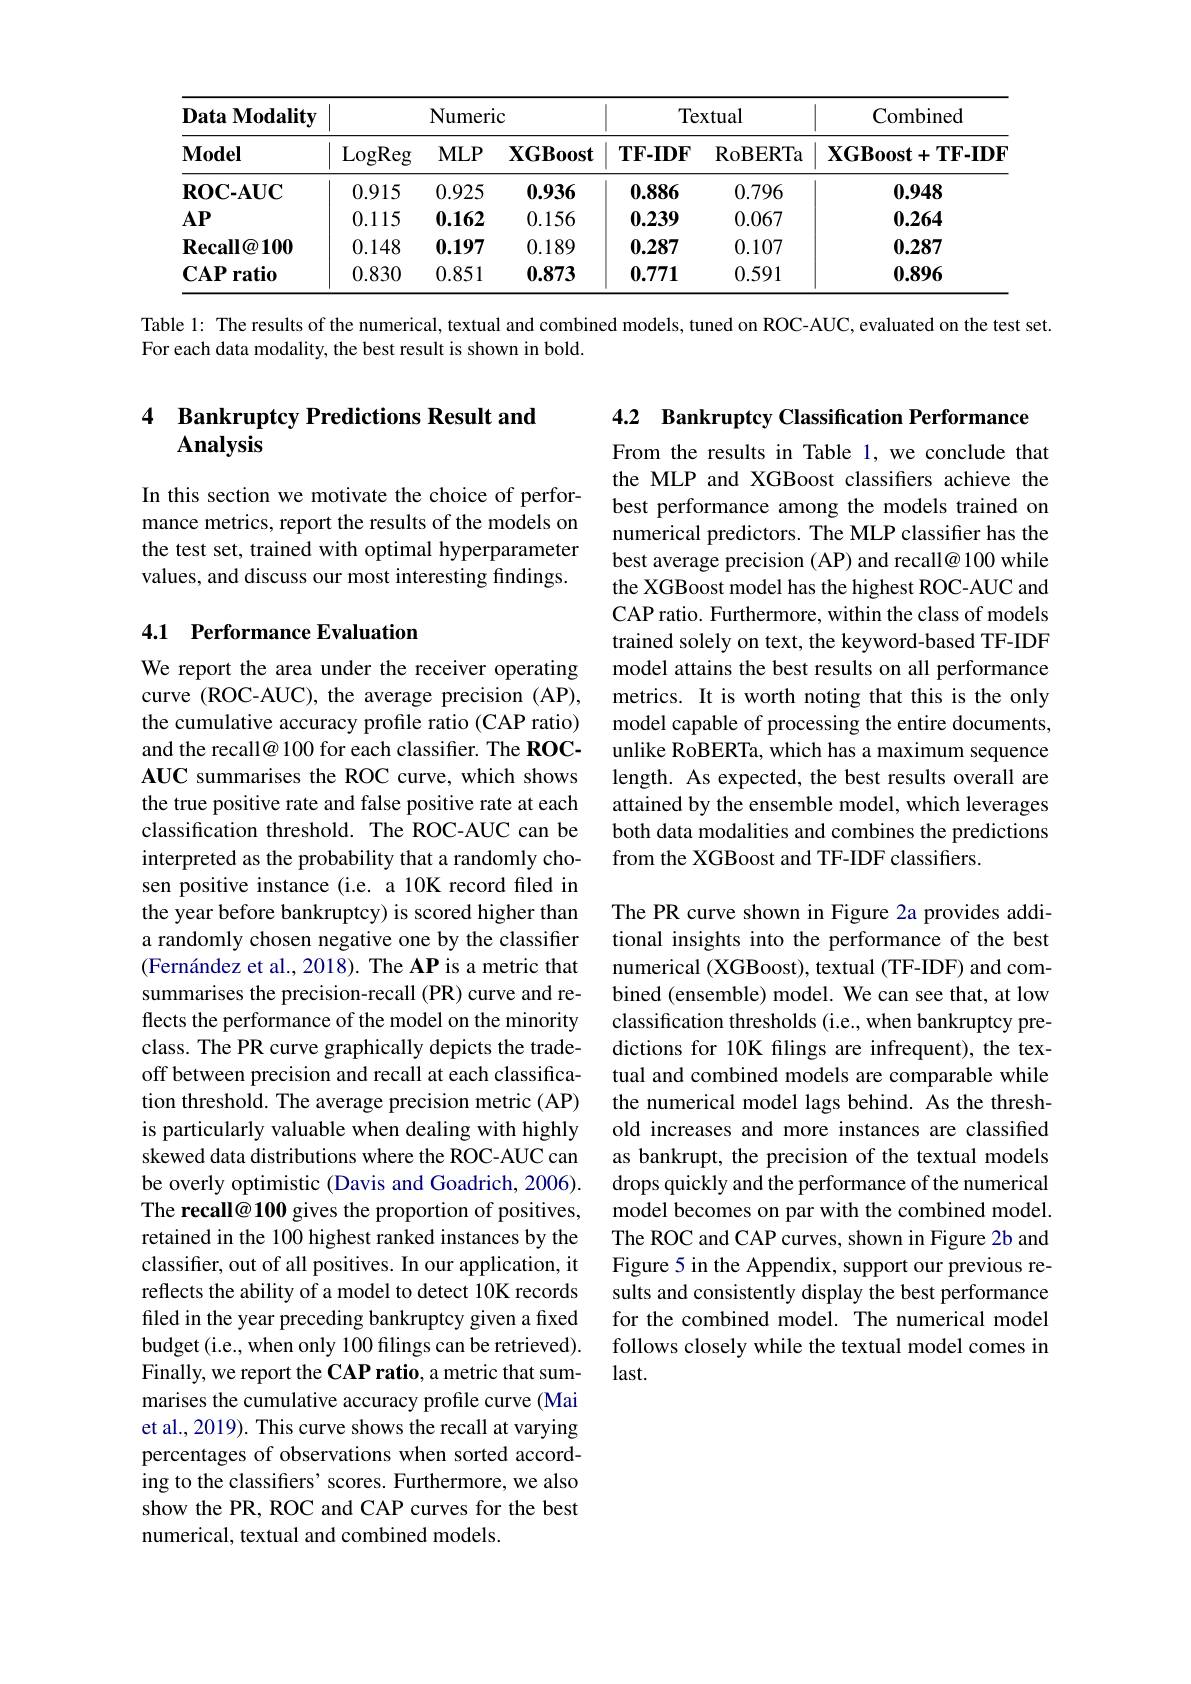
<table>
	<tbody>
		<tr>
			<th rowspan="2">Data Modality $\mathbf{Model}$</th>
			<th> </th>
			<th>Numeri</th>
			<th>$C$</th>
			<th colspan="2">Textual</th>
			<th rowspan="2">Combined $\mathbf{XGBoost}+\mathbf{TF-IDF}$</th>
		</tr>
		<tr>
			<th>LogReg</th>
			<th>$MLP$</th>
			<th>$\mathbf{XGBoost}$</th>
			<th>$\mathbf{TF-IDF}$</th>
			<th>RoBERTa</th>
		</tr>
		<tr>
			<td>$\mathbf{ROC-AUC}$</td>
			<td>0.915</td>
			<td>0.925</td>
			<td>0.936</td>
			<td>0.886</td>
			<td>0.796</td>
			<td>0.948</td>
		</tr>
		<tr>
			<td>$AP$</td>
			<td>0.115</td>
			<td>0.162</td>
			<td>0.156</td>
			<td>0.239</td>
			<td>0.067</td>
			<td>0.264</td>
		</tr>
		<tr>
			<td>$\mathbf{Recall@100}$</td>
			<td>0.148</td>
			<td>0.197</td>
			<td>0.189</td>
			<td>0.287</td>
			<td>0.107</td>
			<td>0.287</td>
		</tr>
		<tr>
			<td>ratio $\mathbf{CAP}$</td>
			<td>0.830</td>
			<td>0.851</td>
			<td>0.873</td>
			<td>0.771</td>
			<td>0.591</td>
			<td>0.896</td>
		</tr>
	</tbody>
</table>

Table 1: The results of the numerical, textual and combined models, tuned on ROC-AUC, evaluated on the test set.

For each data modality, the best result is shown in bold.

4.2 Bankruptcy Classification Performance

### 4 Bankruptcy Predictions Result and $\mathbf{Analysis}$

In this section we motivate the choice of performance metrics, report the results of the models on the test set, trained with optimal hyperparameter values, and discuss our most interesting findings.

## 4.1 Performance Evaluation

From the results in Table 1, we conclude that the MLP and XGBoost classifers achieve the best performance among the models trained on numerical predictors. The MLP classifier has the best average precision (AP) and recall@ 100 while the XGBoost model has the highest ROC-AUC and CAP ratio. Furthermore, within the class of models trained solely on text, the keyword-based TF-IDF model attains the best results on all performance metrics. It is worth noting that this is the only model capable of processing the entire documents, unlike RoBERTa, which has a maximum sequence length. As expected, the best results overall are attained by the ensemble model, which leverages both data modalities and combines the predictions from the XGBoost and TF-IDF classifiers.

We report the area under the receiver operating curve (ROC-AUC), the average precision (AP), the cumulative accuracy profile ratio (CAP ratio) and the recall@ 100 for each classifier. The ROCAUC summarises the ROC curve, which shows the true positive rate and false positive rate at each classification threshold. The ROC-AUC can be interpreted as the probability that a randomly chosen positive instance (i.e. a 10K record filed in the year before bankruptcy) is scored higher than a randomly chosen negative one by the classifier (Fernández et al., 2018). The AP is a metric that summarises the precision-recall (PR) curve and re- bined (ensemble) model. We can see that, at low
flects the performance of the model on the minority class. The PR curve graphically depicts the tradeoff between precision and recall at each classification threshold. The average precision metric (AP) is particularly valuable when dealing with highly skewed data distributions where the ROC-AUC can be overly optimistic (Davis and Goadrich, 2006). The recall@ 100 gives the proportion of positives, retained in the 100 highest ranked instances by the classifer, out of all positives. In our application, it reflects the ability of a model to detect 10K records filed in the year preceding bankruptcy given a fixed budget (i.e., when only 100 filings can be retrieved). Finally, we report the CAP ratio, a metric that summarises the cumulative accuracy profile curve (Mai et al., 2019). This curve shows the recall at varying percentages of observations when sorted according to the classifiers' scores. Furthermore, we also show the PR, ROC and CAP curves for the best numerical, textual and combined models.

The PR curve shown in Figure 2a provides additional insights into the performance of the best numerical (XGBoost), textual (TF-IDF) and comclassification thresholds (i.e., when bankruptcy predictions for 10K filings are infrequent), the textual and combined models are comparable while the numerical model lags behind. As the threshold increases and more instances are classified as bankrupt, the precision of the textual models drops quickly and the performance of the numerical model becomes on par with the combined model. The ROC and CAP curves, shown in Figure 2b and Figure 5 in the Appendix, support our previous results and consistently display the best performance for the combined model. The numerical model follows closely while the textual model comes in $last.$